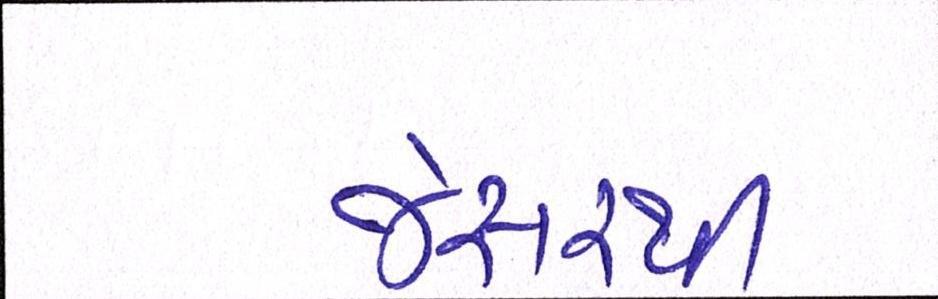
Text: જેસરથી